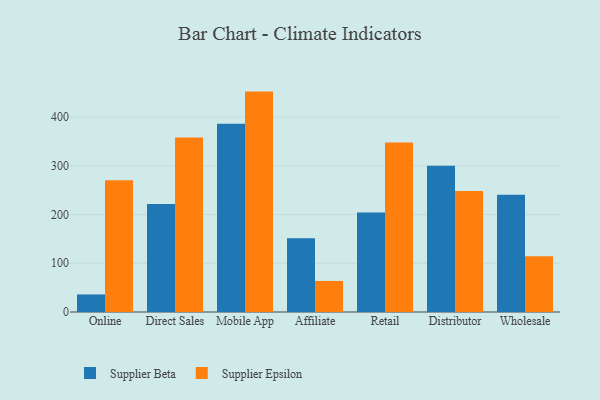
{"axis": {"x": "Channel", "y": "Tickets Resolved"}, "legend": ["Supplier Beta", "Supplier Epsilon"], "data": [{"x": "Online", "y": 36.0, "type": "Supplier Beta"}, {"x": "Online", "y": 270.2, "type": "Supplier Epsilon"}, {"x": "Direct Sales", "y": 221.7, "type": "Supplier Beta"}, {"x": "Direct Sales", "y": 357.8, "type": "Supplier Epsilon"}, {"x": "Mobile App", "y": 386.2, "type": "Supplier Beta"}, {"x": "Mobile App", "y": 452.2, "type": "Supplier Epsilon"}, {"x": "Affiliate", "y": 151.5, "type": "Supplier Beta"}, {"x": "Affiliate", "y": 63.7, "type": "Supplier Epsilon"}, {"x": "Retail", "y": 204.0, "type": "Supplier Beta"}, {"x": "Retail", "y": 347.6, "type": "Supplier Epsilon"}, {"x": "Distributor", "y": 299.9, "type": "Supplier Beta"}, {"x": "Distributor", "y": 248.1, "type": "Supplier Epsilon"}, {"x": "Wholesale", "y": 240.6, "type": "Supplier Beta"}, {"x": "Wholesale", "y": 114.2, "type": "Supplier Epsilon"}]}